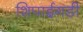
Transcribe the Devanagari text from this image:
शिपाईगडी